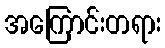
အကြောင်းတရား